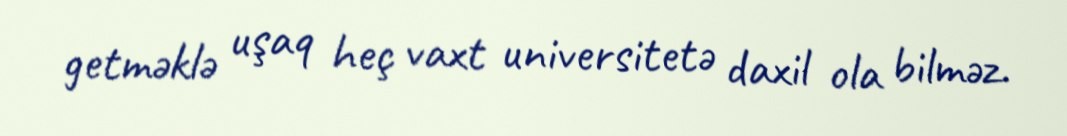
getməklə uşaq heç vaxt universitetə daxil ola bilməz.